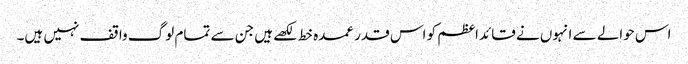
اس حوالے سے انہوں نے قائداعظم کو اس قدر عمدہ خط لکھے ہیں جن سے تمام لوگ واقف نہیں ہیں۔